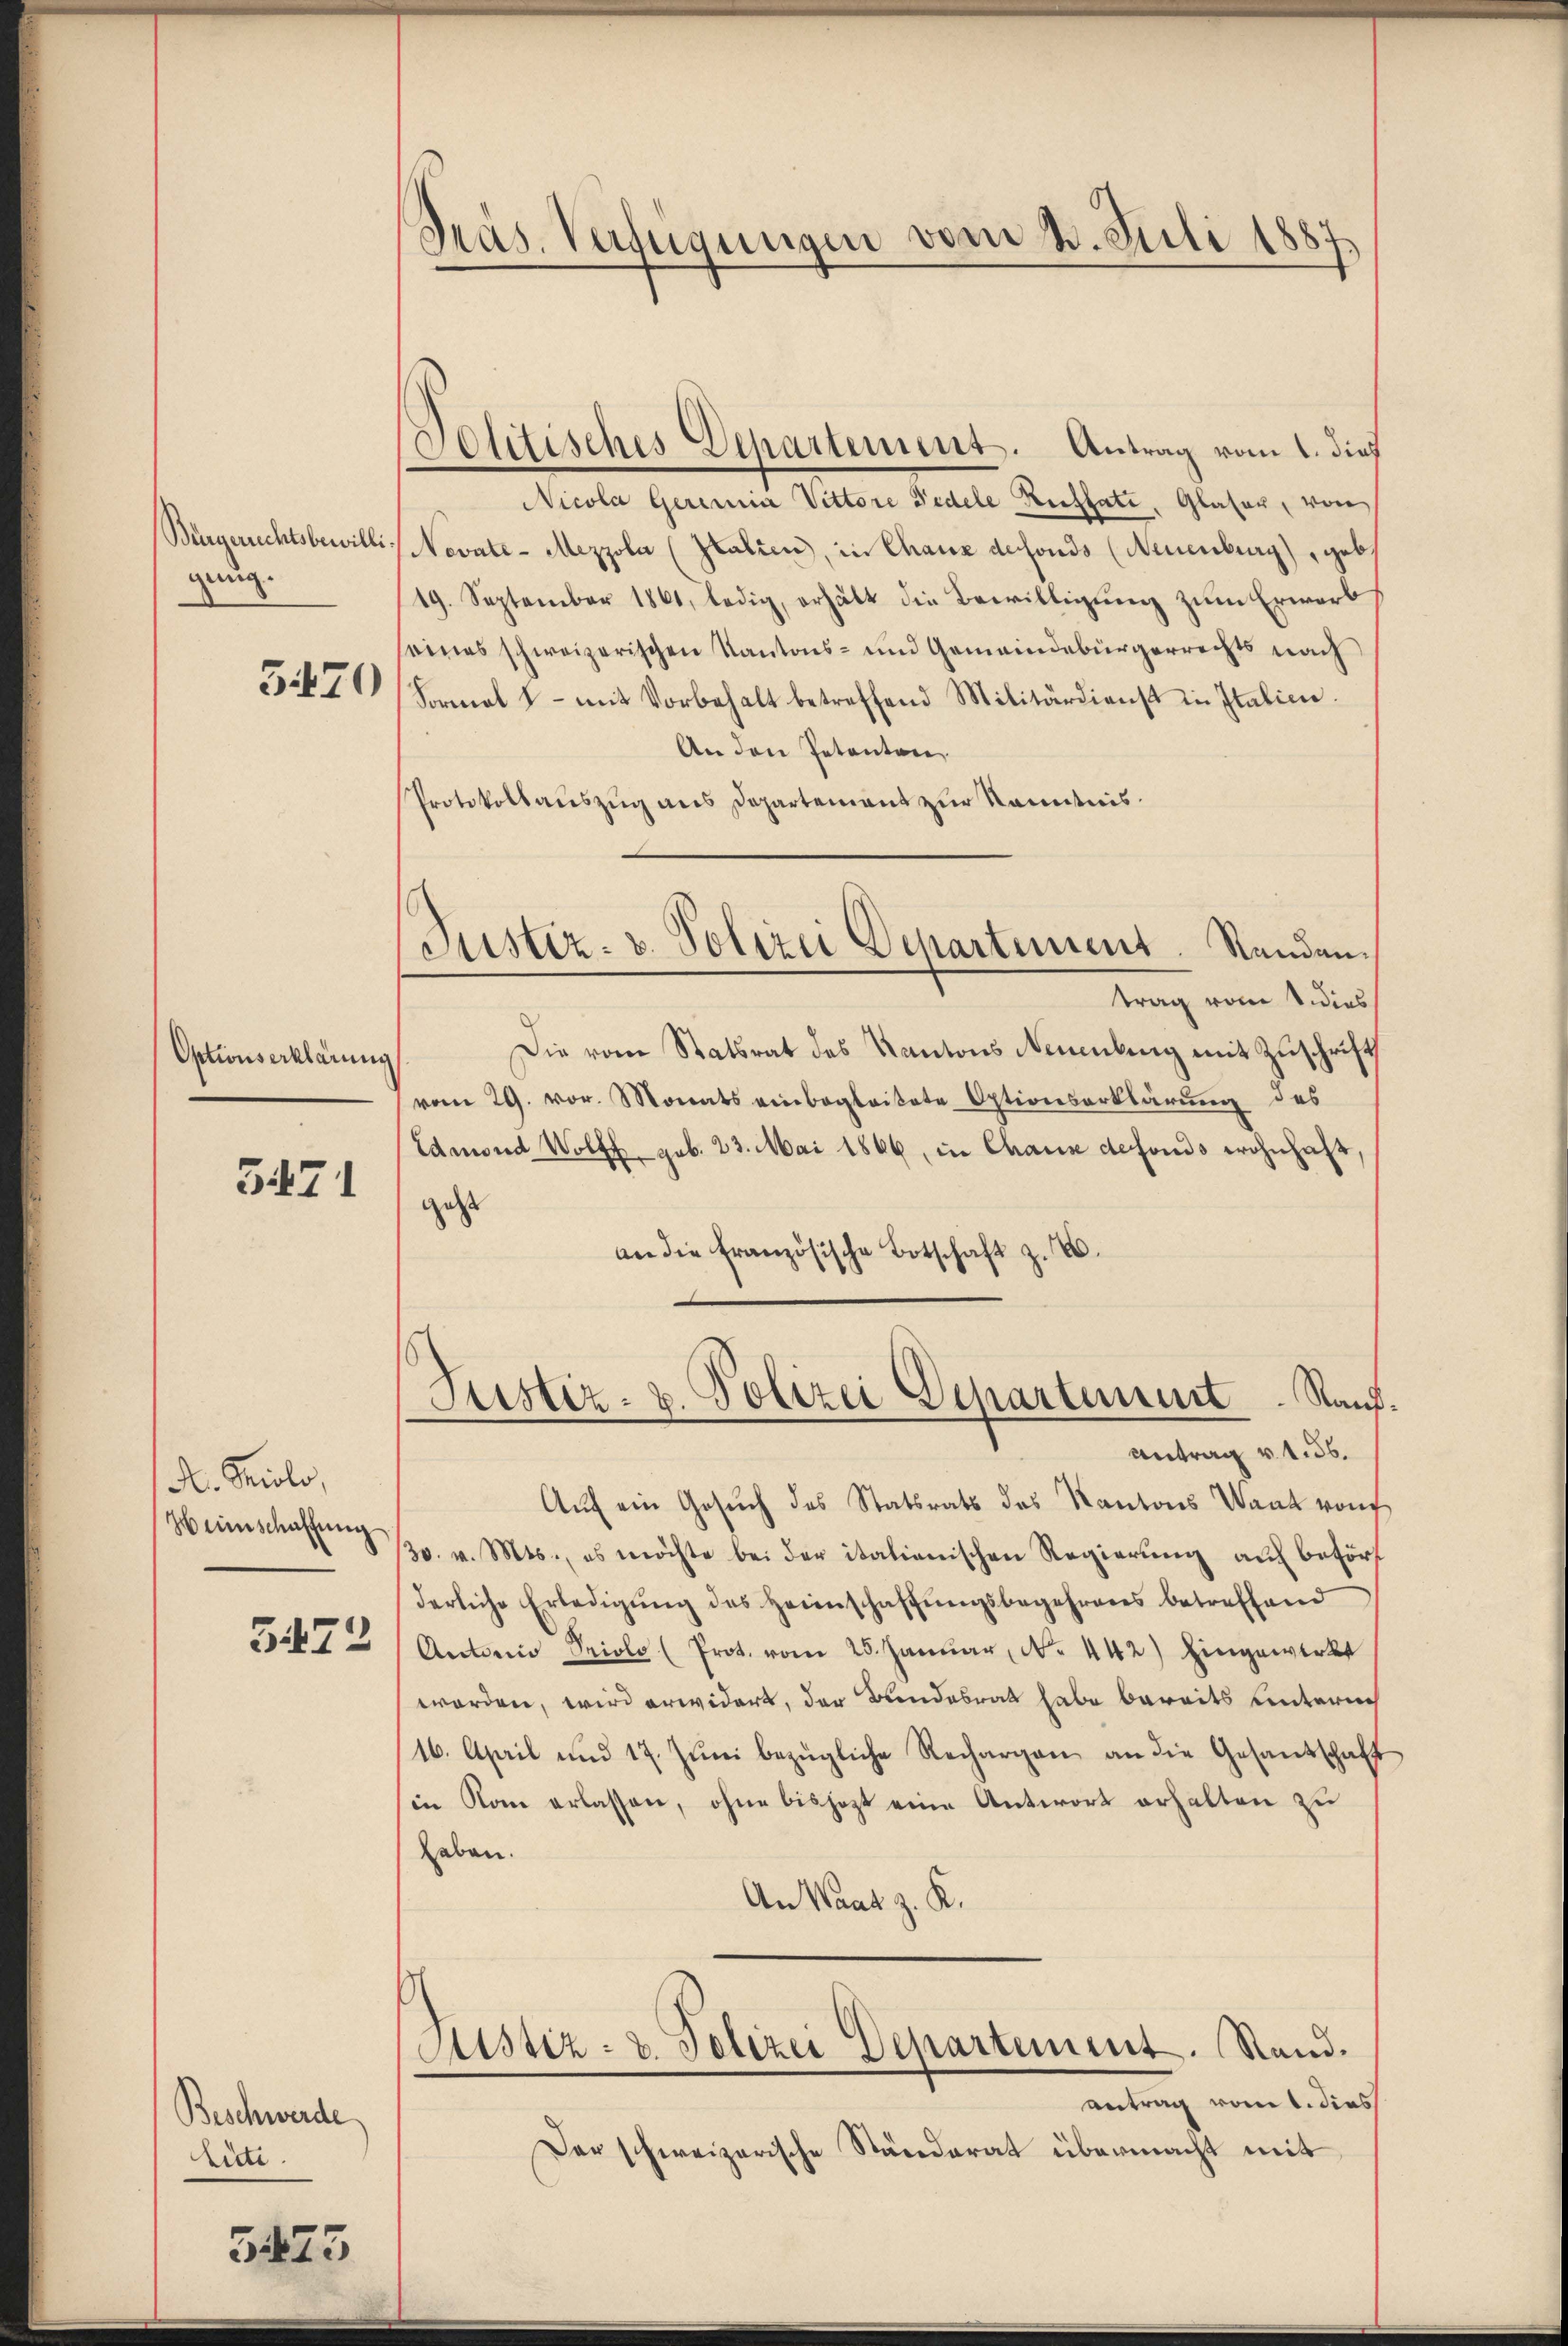
Bürgerrechtsbewilli
gang.

570

Optionserklärung

5471

A. Prolo,
Heimschaffung
3472

Beschwerde
Lüti.

5473

Präs. Verfügungen vom 4. Juli 1887.

Jolitisches Departement. Antrag vom 1. dies
Nicola Gerinia Vittore Pedele Rufsatz, Glaser, von
Nevate-Mezzola (Italien, in Chaux defonds (Neuenburg), geb.
19. September 1861, ledig, erhält die Bewilligung zum Erwarb
eines schweizerischen Kantons- und Gemeindebürgerrechts nach
Formal - mit Vorbehalt betreffend Militärdienst in Italicie
An den Petenten,
Protokollaŭszŭg ans Departement zŭr Kenntnis.
Die vom Statsrat des Kantons Neuenbung mit Zuschrift
vom 29. vor. Monats einbegleitete Optionserklärung des
Edmond Wolff sub. 23. Mai 1866, in Chaus defonds wohnhaft,
geht
an die französische Botschaft z. B.
Justiz- u. Polizei Departement. Raŭf.
Antrag v. 156.
Aŭf ein Gesŭch des Statsrats des Kantons Waat von
30. v. Mts., es möchte bei der italienischen Regierung auf beförf
derliche Erledigŭng des Heimschaffŭngsbegehrens betreffend
Antonio Prolo (Prot. vom 25. Janŭar N. 442) Eingewirkt
worden, wird erwidert, der Bundesrat habe bereits unterneh
16. April und 17. Juni bezügliche Rechargen an die Gesandschaft
in Rom erlassen, ohne bisjezt eine Antwort erhalten zu
haben.
An Waat z. K.
Justiz- & Polizei Departement. Stand.
antrag vom 1. dies
Der schweizerische Ständerat übermacht mit

Justiz- u. Polizei Departement. Sandantrag vom 1. dies